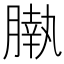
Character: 𣎖